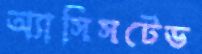
অ্যাসিসটেড